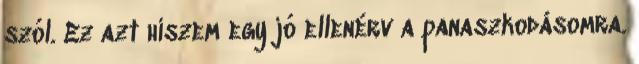
szól. Ez azt hiszem egy jó ellenérv a panaszkodásomra.